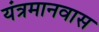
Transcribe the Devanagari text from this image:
यंत्रमानवास